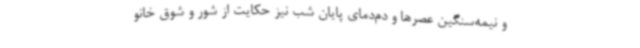
و نیمه‌سنگین عصرها و دم‌دمای پایان شب نیز حکایت از شور و شوق خانو